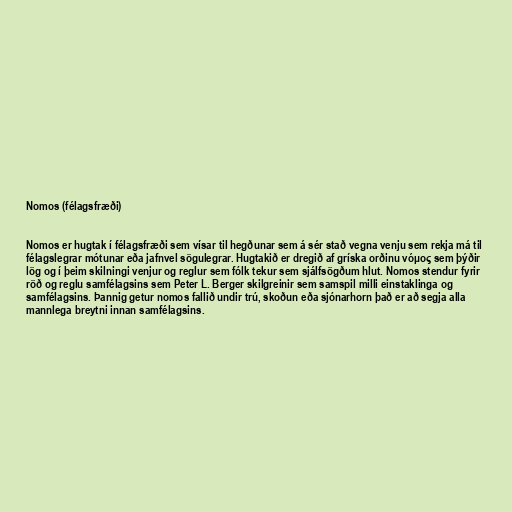
Nomos (félagsfræði)

Nomos er hugtak í félagsfræði sem vísar til hegðunar sem á sér stað vegna venju sem rekja má til
félagslegrar mótunar eða jafnvel sögulegrar. Hugtakið er dregið af gríska orðinu νόμος sem þýðir
lög og í þeim skilningi venjur og reglur sem fólk tekur sem sjálfsögðum hlut. Nomos stendur fyrir
röð og reglu samfélagsins sem Peter L. Berger skilgreinir sem samspil milli einstaklinga og
samfélagsins. Þannig getur nomos fallið undir trú, skoðun eða sjónarhorn það er að segja alla
mannlega breytni innan samfélagsins.